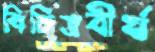
বিচিত্রবীর্য